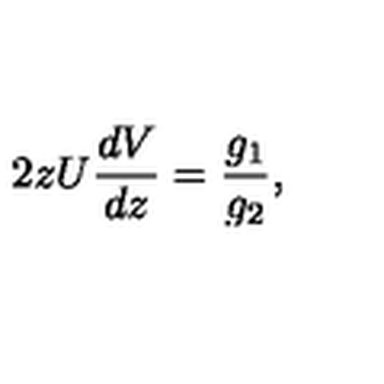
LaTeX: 2 z U { \frac { d V } { d z } } = { \frac { g _ { 1 } } { g _ { 2 } } } ,